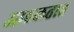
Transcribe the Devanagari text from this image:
आठळतात